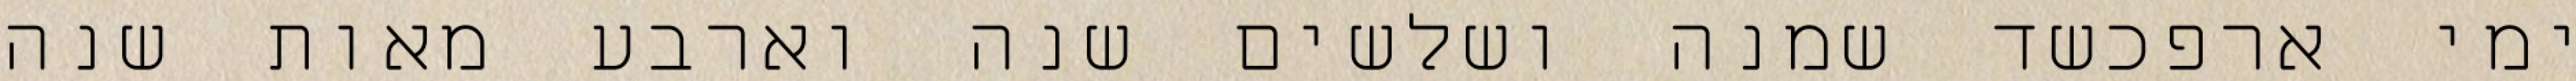
ימי ארפכשד שמנה ושלשים שנה וארבע מאות שנה